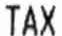
TAX